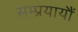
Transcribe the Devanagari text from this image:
सम्प्रयायौं